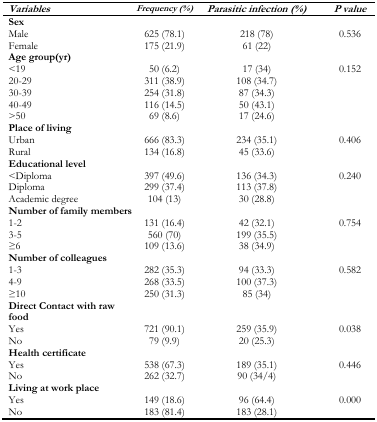
<table><thead><tr><td><b><i>Variables</i></b></td><td><b><i>Frequency (%)</i></b></td><td><b><i>Parasitic infection (%)</i></b></td><td><b><i>P value</i></b></td></tr></thead><tbody><tr><td colspan="4"><b>Sex</b></td></tr><tr><td>Male</td><td>625 (78.1)</td><td>218 (78)</td><td>0.536</td></tr><tr><td>Female</td><td>175 (21.9)</td><td>61 (22)</td><td></td></tr><tr><td colspan="4"><b>Age group(yr)</b></td></tr><tr><td>&lt;19</td><td>50 (6.2)</td><td>17 (34)</td><td>0.152</td></tr><tr><td>20–29</td><td>311 (38.9)</td><td>108 (34.7)</td><td></td></tr><tr><td>30–39</td><td>254 (31.8)</td><td>87 (34.3)</td><td></td></tr><tr><td>40–49</td><td>116 (14.5)</td><td>50 (43.1)</td><td></td></tr><tr><td>&gt;50</td><td>69 (8.6)</td><td>17 (24.6)</td><td></td></tr><tr><td colspan="4"><b>Place of living</b></td></tr><tr><td>Urban</td><td>666 (83.3)</td><td>234 (35.1)</td><td>0.406</td></tr><tr><td>Rural</td><td>134 (16.8)</td><td>45 (33.6)</td><td></td></tr><tr><td colspan="4"><b>Educational level</b></td></tr><tr><td>&lt;Diploma</td><td>397 (49.6)</td><td>136 (34.3)</td><td>0.240</td></tr><tr><td>Diploma</td><td>299 (37.4)</td><td>113 (37.8)</td><td></td></tr><tr><td>Academic degree</td><td>104 (13)</td><td>30 (28.8)</td><td></td></tr><tr><td colspan="4"><b>Number of family members</b></td></tr><tr><td>1–2</td><td>131 (16.4)</td><td>42 (32.1)</td><td>0.754</td></tr><tr><td>3–5</td><td>560 (70)</td><td>199 (35.5)</td><td></td></tr><tr><td>≥6</td><td>109 (13.6)</td><td>38 (34.9)</td><td></td></tr><tr><td colspan="4"><b>Number of colleagues</b></td></tr><tr><td>1–3</td><td>282 (35.3)</td><td>94 (33.3)</td><td>0.582</td></tr><tr><td>4–9</td><td>268 (33.5)</td><td>100 (37.3)</td><td></td></tr><tr><td>≥10</td><td>250 (31.3)</td><td>85 (34)</td><td></td></tr><tr><td colspan="4"><b>Direct Contact with raw food</b></td></tr><tr><td>Yes</td><td>721 (90.1)</td><td>259 (35.9)</td><td>0.038</td></tr><tr><td>No</td><td>79 (9.9)</td><td>20 (25.3)</td><td></td></tr><tr><td colspan="4"><b>Health certificate</b></td></tr><tr><td>Yes</td><td>538 (67.3)</td><td>189 (35.1)</td><td>0.446</td></tr><tr><td>No</td><td>262 (32.7)</td><td>90 (34/4)</td><td></td></tr><tr><td colspan="4"><b>Living at work place</b></td></tr><tr><td>Yes</td><td>149 (18.6)</td><td>96 (64.4)</td><td>0.000</td></tr><tr><td>No</td><td>183 (81.4)</td><td>183 (28.1)</td><td></td></tr></tbody></table>